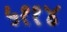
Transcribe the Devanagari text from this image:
५११४